Seli_vallavalitsus_Parnumaal, lk 30
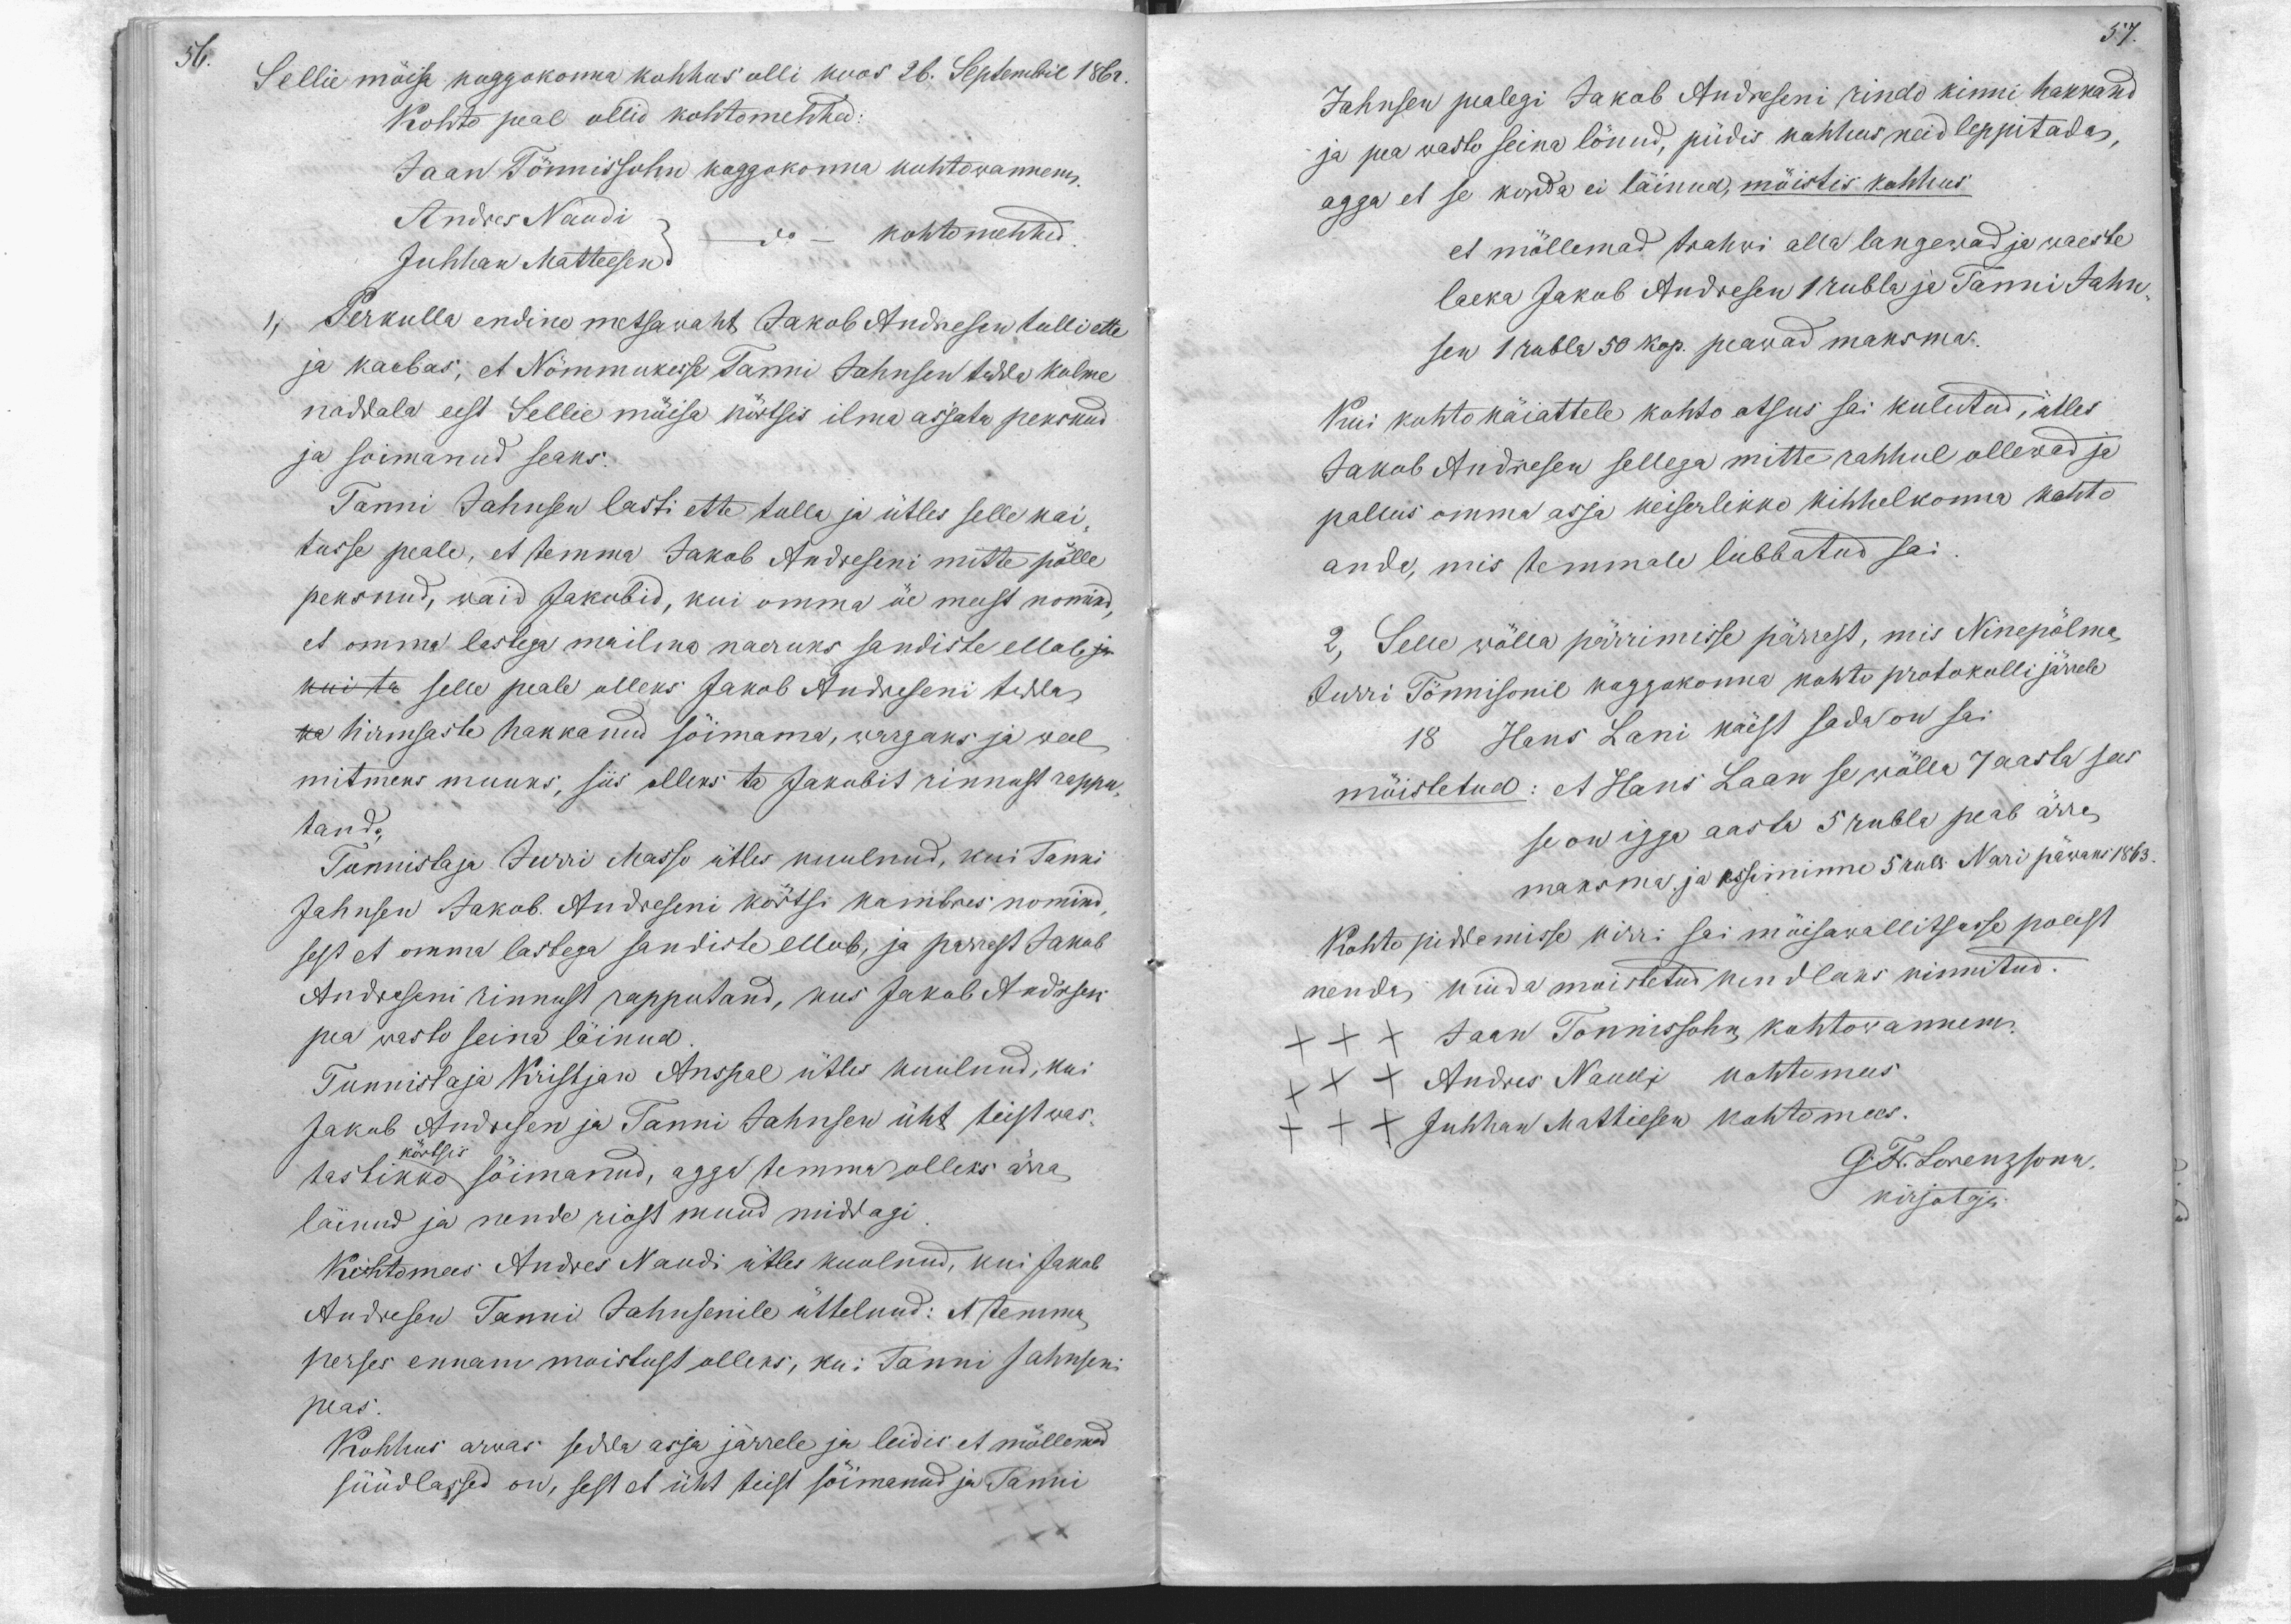
56.

57.

Sellie möisa koggokonna kohhus olli koos 26. Septembril 1862
Kohto peal ollid kohtomehhed
Jaan Tönnissohn koggokonna kohtowannem,
Andres Naudi
Juhhan Matteesen
do kohtomehhed
1, Perkulla endine metsawaht Jakob Andresen tulli ette
ja kaebas, et Nõmmukusse Tanni Jahnsen tedda kolme
naddala eest Sellie möisa körtsis ilma asjata peksnud
ja soimanud seaks.
Tanni Jahnsen lasti ette tulla ja ütles selle kai-
tusse peale, et temma Jakob Andreseni mitte pölle
peksnud, waid Jakobid, kui omma öe meest nomind,
et omma lastega mailma naeruks sandiste ellab ja
kui ta selle peale olleks Jakob Andreseni tedda
ka hirmsaste hakkanud söimama, wargaks ja weel
mitmeks muuks, siis olleks ta Jakobit rinnust rappu-
tand.
Tunnistaja Jurri Masso ütles kuulnud, kui Tanni
Jahnsen Jakob Andreseni körtsi kambres nomind
sest et omma lastega sandiste ellab, ja perrast Jakob
Andreseni rinnust rapputand, kus Jakob Andrsen
pea wasto seina läinud
Tunnistaja Kristjan Anspal ütles kuulnud, kui
Jakob Andresen ja Tanni Jahnsen üht teist was-
körtsis
tastikko söimanud, agga temma olleks ärra
läinud ja nende riost muud middagi
Kohtomees Andres Naudi ütles kuulnud, kui Jakob
Andresen Tanni Jahnsenile üttelnud: et temma
perses ennam moistust olleks, kui Tanni Jahnseni
peas.
Kohhus arwas sedda asja järrele ja leidis et möllemad
süüdlased on, sest et üht teist söimanud ja Tanni

Jahnsen pealegi Jakob Andreseni rindo kinni hakkand
ja pea wasto seina lönud, püdis kohhus neid leppitada,
agga et se korda ei läinud, möistis kohhus
et möllemad trahwi alla langewad ja waeste
laeka Jakob Andresen 1 rubla ja Tanni Jahn-
sen 1 rubla 50 kop. peawad maksma.
Kui kohto käiattele kohto otsus sai kulutud, ütles
Jakob Andresen sellega mitte rahhul ollewad ja
pallus omma asja keiserlikko kihhelkonna kohto
anda, mis temmale lubbatud sai
2, Selle wölla pärrimisse pärrast, mis Ninepölma
Jurri Tönnisonil koggokonna kohto protokolli järrele
18 Hans Lani käest sada on sai
möistetud: et Hans Laan se wölla 7 aasta sees
se on igga aasta 5 rubla peab ärra
maksma ja esiminne 5 rub. Nari päwaks 1863.
Kohto piddamisse kirri sai möisawallitsusse polest
nenda, kuida moistetud kindlaks kinnitud.
XXX Jaan Tönnissohn kohtowannem.
XXX Andres Naudi kohtumees
XXX Juhhan Mattiesen Kohtomees.
GFrLorenzsonn.
kirjotaja.